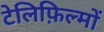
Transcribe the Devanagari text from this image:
टेलिफ़िल्मों